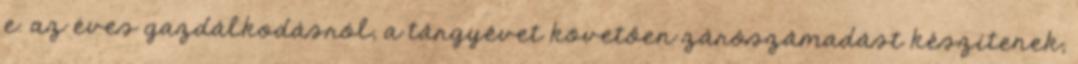
e. az éves gazdálkodásról, a tárgyévet követően zárószámadást készítenek,